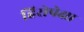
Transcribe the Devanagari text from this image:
हिरोपेक्षा